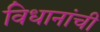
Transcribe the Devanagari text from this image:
विधानांची